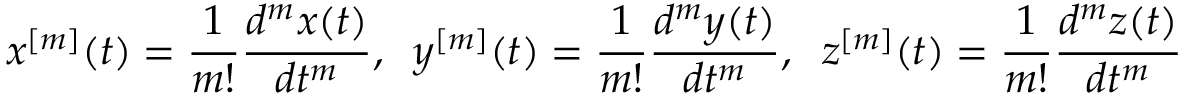
x ^ { [ m ] } ( t ) = \frac { 1 } { m ! } \frac { d ^ { m } x ( t ) } { d t ^ { m } } , \; \; y ^ { [ m ] } ( t ) = \frac { 1 } { m ! } \frac { d ^ { m } y ( t ) } { d t ^ { m } } , \; \; z ^ { [ m ] } ( t ) = \frac { 1 } { m ! } \frac { d ^ { m } z ( t ) } { d t ^ { m } }